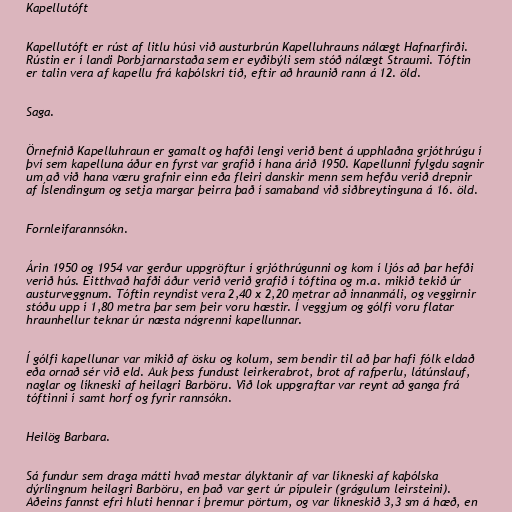
Kapellutóft

Kapellutóft er rúst af litlu húsi við austurbrún Kapelluhrauns nálægt Hafnarfirði.
Rústin er í landi Þorbjarnarstaða sem er eyðibýli sem stóð nálægt Straumi. Tóftin
er talin vera af kapellu frá kaþólskri tíð, eftir að hraunið rann á 12. öld.

Saga.

Örnefnið Kapelluhraun er gamalt og hafði lengi verið bent á upphlaðna grjóthrúgu í
því sem kapelluna áður en fyrst var grafið í hana árið 1950. Kapellunni fylgdu sagnir
um að við hana væru grafnir einn eða fleiri danskir menn sem hefðu verið drepnir
af Íslendingum og setja margar þeirra það í samaband við siðbreytinguna á 16. öld.

Fornleifarannsókn.

Árin 1950 og 1954 var gerður uppgröftur í grjóthrúgunni og kom í ljós að þar hefði
verið hús. Eitthvað hafði áður verið verið grafið í tóftina og m.a. mikið tekið úr
austurveggnum. Tóftin reyndist vera 2,40 x 2,20 metrar að innanmáli, og veggirnir
stóðu upp í 1,80 metra þar sem þeir voru hæstir. Í veggjum og gólfi voru flatar
hraunhellur teknar úr næsta nágrenni kapellunnar.

Í gólfi kapellunar var mikið af ösku og kolum, sem bendir til að þar hafi fólk eldað
eða ornað sér við eld. Auk þess fundust leirkerabrot, brot af rafperlu, látúnslauf,
naglar og líkneski af heilagri Barböru. Við lok uppgraftar var reynt að ganga frá
tóftinni í samt horf og fyrir rannsókn.

Heilög Barbara.

Sá fundur sem draga mátti hvað mestar ályktanir af var líkneski af kaþólska
dýrlingnum heilagri Barböru, en það var gert úr pípuleir (grágulum leirsteini).
Aðeins fannst efri hluti hennar í þremur pörtum, og var líkneskið 3,3 sm á hæð, en